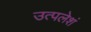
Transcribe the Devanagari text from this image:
उत्पलेशं